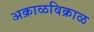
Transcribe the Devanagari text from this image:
अक्राळविक्राळ